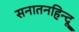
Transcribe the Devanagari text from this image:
सनातनहिन्दू